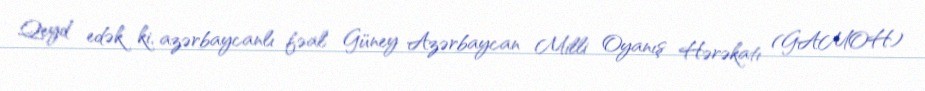
Qeyd edək ki, azərbaycanlı fəal Güney Azərbaycan Milli Oyanış Hərəkatı (GAMOH)